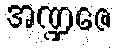
အဏ္ဍဇေ